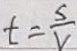
t = \frac { s } { v }